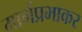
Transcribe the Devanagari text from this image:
मार्गप्रभाकर